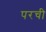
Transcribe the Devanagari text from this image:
परची